Civil Veterinary Department Bengal reports 1923-33 - 1923-1933
Year: 1923
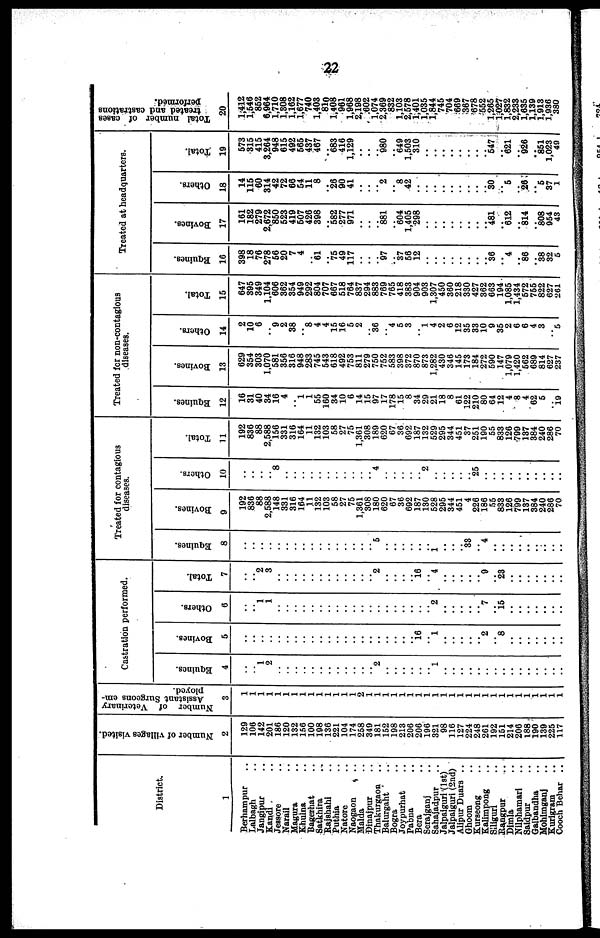
22
District.
1
Berhampur ..
Lalbagh ..
Jangipur ..
Kandi ..
Jessore ..
Narall ..
Magura ..
Khulna ..
Bagerhat ..
Satkhira ..
Rajshahi ..
Puthia ..
Natore ..
Naogaon ..
Malda ..
Dinajpur ..
Thakurgaon ..
Balurgaht ..
Bogra ..
Joypurhat ..
Pabna ..
Bera ..
Serajganj ..
Sahajadpur ..
Jalpaiguri (1st)
Jalpaiguri (2nd)
Alipur Duars ..
Ghoom ..
Kurseong ..
Kalimpong ..
Siliguri ..
Rangpur ..
Dimla ..
Nilphamari ..
Saldpur ..
Gaibandha ..
Mohimganj ..
Kurigram ..
Cooch Behar
..
Number of villages visited.
2
120
106
142
201
186
120
132
156
100
198
130
221
104
174
258
340
181
152
198
213
206
206
196
321
98
116
127
224
248
261
102
161
214
206
188
190
130
225
117
Number of Veterinary
Assistant Surgeons em-
ployed.
3
1
1
1
1
1
1
1
1
1
1
1
1
1
1
1
1
1
1
1
1
1
1
1
1
1
1
1
1
1
1
1
1
1
1
1
1
1
1
1
Castration performed.
Equities.
4
..
.. 1
2
..
..
..
..
..
..
..
..
..
..
..
.. 2
..
..
..
..
..
.. 1
..
..
..
..
..
..
..
..
..
..
..
..
..
..
..
Bovines.
5
..
..
..
..
..
..
..
..
..
..
..
..
..
..
..
..
..
..
..
..
.. 16
.. 1
..
..
..
..
.. 2
.. 8
..
..
..
..
..
..
..
Others.
6
..
.. 1
1
..
..
..
..
..
..
..
..
..
..
..
..
..
..
..
..
..
..
.. 2
..
..
..
..
.. 7
.. 15
..
..
..
..
..
..
Total.
7
..
.. 2
3
..
..
..
..
..
..
..
..
..
..
..
.. 2
..
..
..
.. 16
.. 4
..
..
..
..
.. 9
.. 23
..
..
..
..
..
..
..
Treated for contagious
diseases.
Equines.
8
..
..
..
..
..
..
..
..
..
..
..
..
..
..
..
.. 5
..
..
..
..
..
..
..
..
..
.. 33
.. 4
..
..
..
..
..
..
..
..
..
Bovines.
9
102
836
88
2.588
148
331
316
164
11
132
103
58
27
75
1,361
308
180
620
67
36
602
187
130
528
295
344
451
4
226
186
55
833
126
799
137
384
240
286
70
Others.
10
..
..
..
.. 8
..
..
..
..
..
..
..
..
..
..
.. 4
..
..
..
..
.. 2
..
..
..
..
.. 25
..
..
..
..
..
..
..
..
..
..
Total.
11
102
836
88
2,588
156
331
316
164
11
132
103
58
27
75
1,361
308
180
620
67
30
692
187
132
520
205
344
451
37
251
190
55
833
126
799
137
384
240
280
70
Treated for non-contagious
diseases.
Equines.
12
16
31
40
34
16
4
.. 1
1
55
160
34
10
6
14
15
07
17
178
15
8
34
20
21
18
8
61
122
210
80
64
12
4
8
4
62
6
.. 19
Bovines.
13
629
354
303
1,070
581
356
316
948
283
745
543
618
492
753
811
270
750
752
583
308
372
870
873
1,282
430
346
145
173
184
272
590
147
1,070
1,420
562
080
814
627
237
Others.
14
2
10
6
9
2
38
.. 8
4
4
15
10
5
2
.. 30
.. 4
5
3
.. 1
4
2
6
12
35
33
10
9
35
2
6
6
4
3
.. 5
Total.
15
647
895
340
1,104
600
362
354
949
202
804
707
067
518
764
837
294
883
760
765
418
383
904
003
1,307
450
360
218
330
427
362
663
194
1.085
1,434
572
755
822
627
261
Treated at headquarters.
Equines.
16
308
18
70
278
60
20
7
4
.. 61
.. 75
49
117
..
..
.. 97
.. 37
60
12
..
..
..
..
..
..
..
.. 36
.. 4
.. 80
.. 38
32
5
Bovines.
17
161
182
279
2,672
850
623
419
607
426
398
.. 682
277
971
..
..
.. 881
.. 604
1,405
298
..
..
..
..
..
..
..
481
.. 612
.. 814
.. 808
954
43
Others.
18
14
115
60
314
42
72
66
54
11
8
.. 26
90
41
..
..
.. 2
.. 8 42
..
..
..
..
..
..
..
..
.. 30
.. 6
.. 26
.. 6
37
1
Total.
19
673
315
415
3,264
948
615
492
565
437
467
683
416
1,129
..
..
.. 980
.. 640
1,503
310
..
..
..
..
..
..
..
.. 547
.. 621
.. 926
..
861
1,023
40
Total number of cases
treated and castrations
performed.
20
1,412
1,640
862
0,964
1,710
1,308
1,162
1,677
740
1,403
810
1,408
961
1,908
2,198
602
1,074
2,369
832
1,103
2,578
1,401
1,035
1,844
745
704
669
367
678
552
1,265
1,027
1,832
2,233
1,635
1,139
1,913
1,936
380